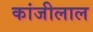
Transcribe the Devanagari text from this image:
कांजीलाल